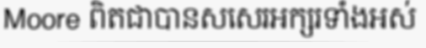
Moore ពិតជាបានសសេរអក្សរទាំងអស់